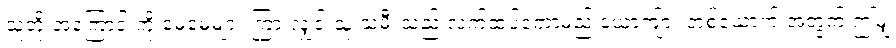
သူတို့ အကြောင်းကို မေမေများ ကြားလျှင် သူ့ သမီးသည် လက်ထပ်တော့မည့် ယောကျ်ား တစ်ယောက် အတွက် ဤမျှ